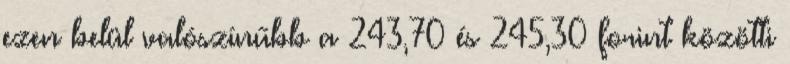
ezen belül valószínűbb a 243,70 és 245,30 forint közötti